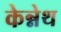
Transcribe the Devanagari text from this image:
केन्नेथ